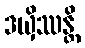
ဒယှိဿန္တိ